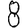
Digit: 8